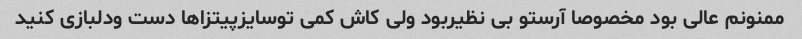
ممنونم عالی بود مخصوصا آرستو بی نظیربود ولی کاش کمی توسایزپیتزاها دست ودلبازی کنید